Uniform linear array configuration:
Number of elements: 16
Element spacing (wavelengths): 0.25
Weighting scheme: hann
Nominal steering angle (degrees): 0
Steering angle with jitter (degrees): -1.238
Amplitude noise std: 0.05
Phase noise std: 0.05

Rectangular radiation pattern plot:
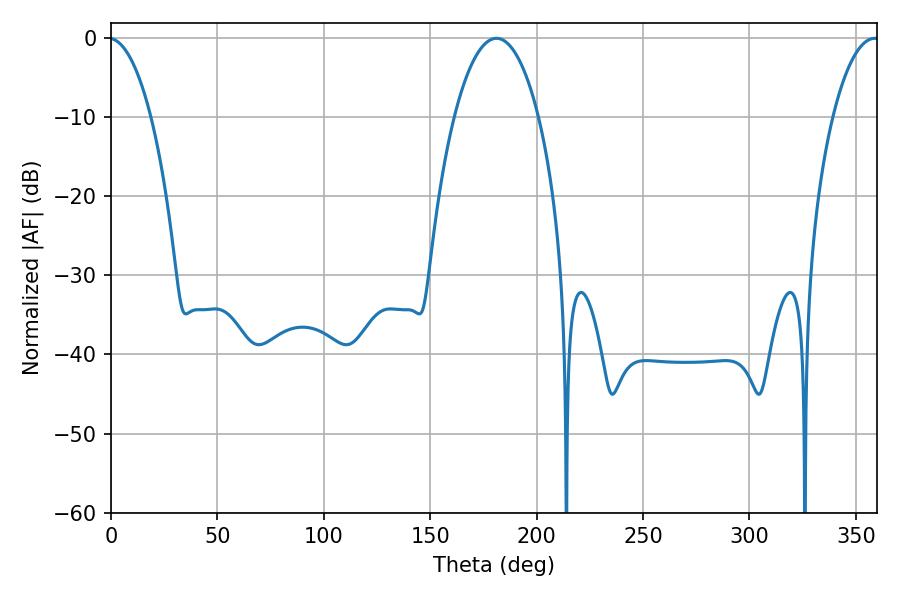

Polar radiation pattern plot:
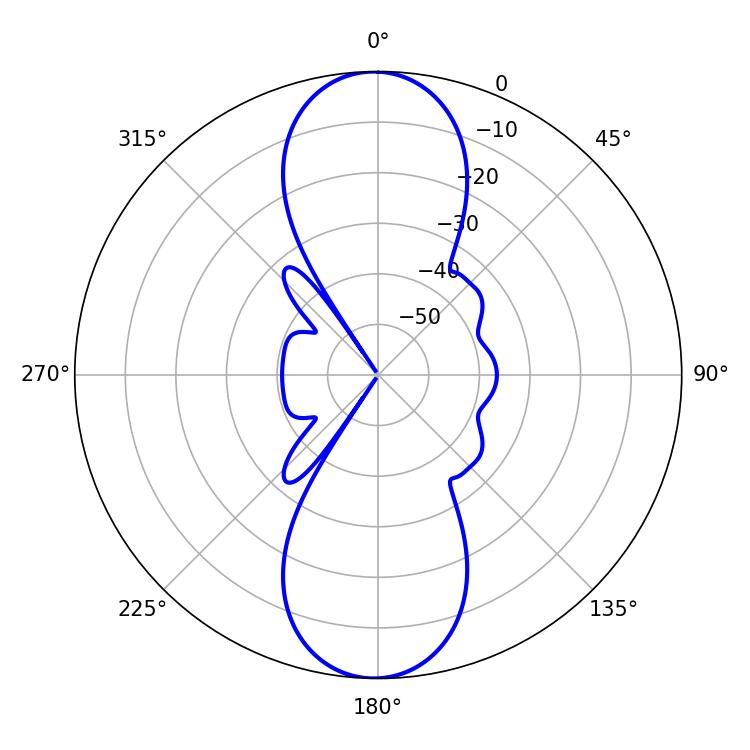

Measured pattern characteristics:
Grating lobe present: FALSE
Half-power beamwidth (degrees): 22.14
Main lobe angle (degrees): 181.08